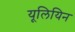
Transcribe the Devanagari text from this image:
यूलियिन